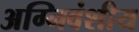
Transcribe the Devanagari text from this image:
अग्निवंशीय